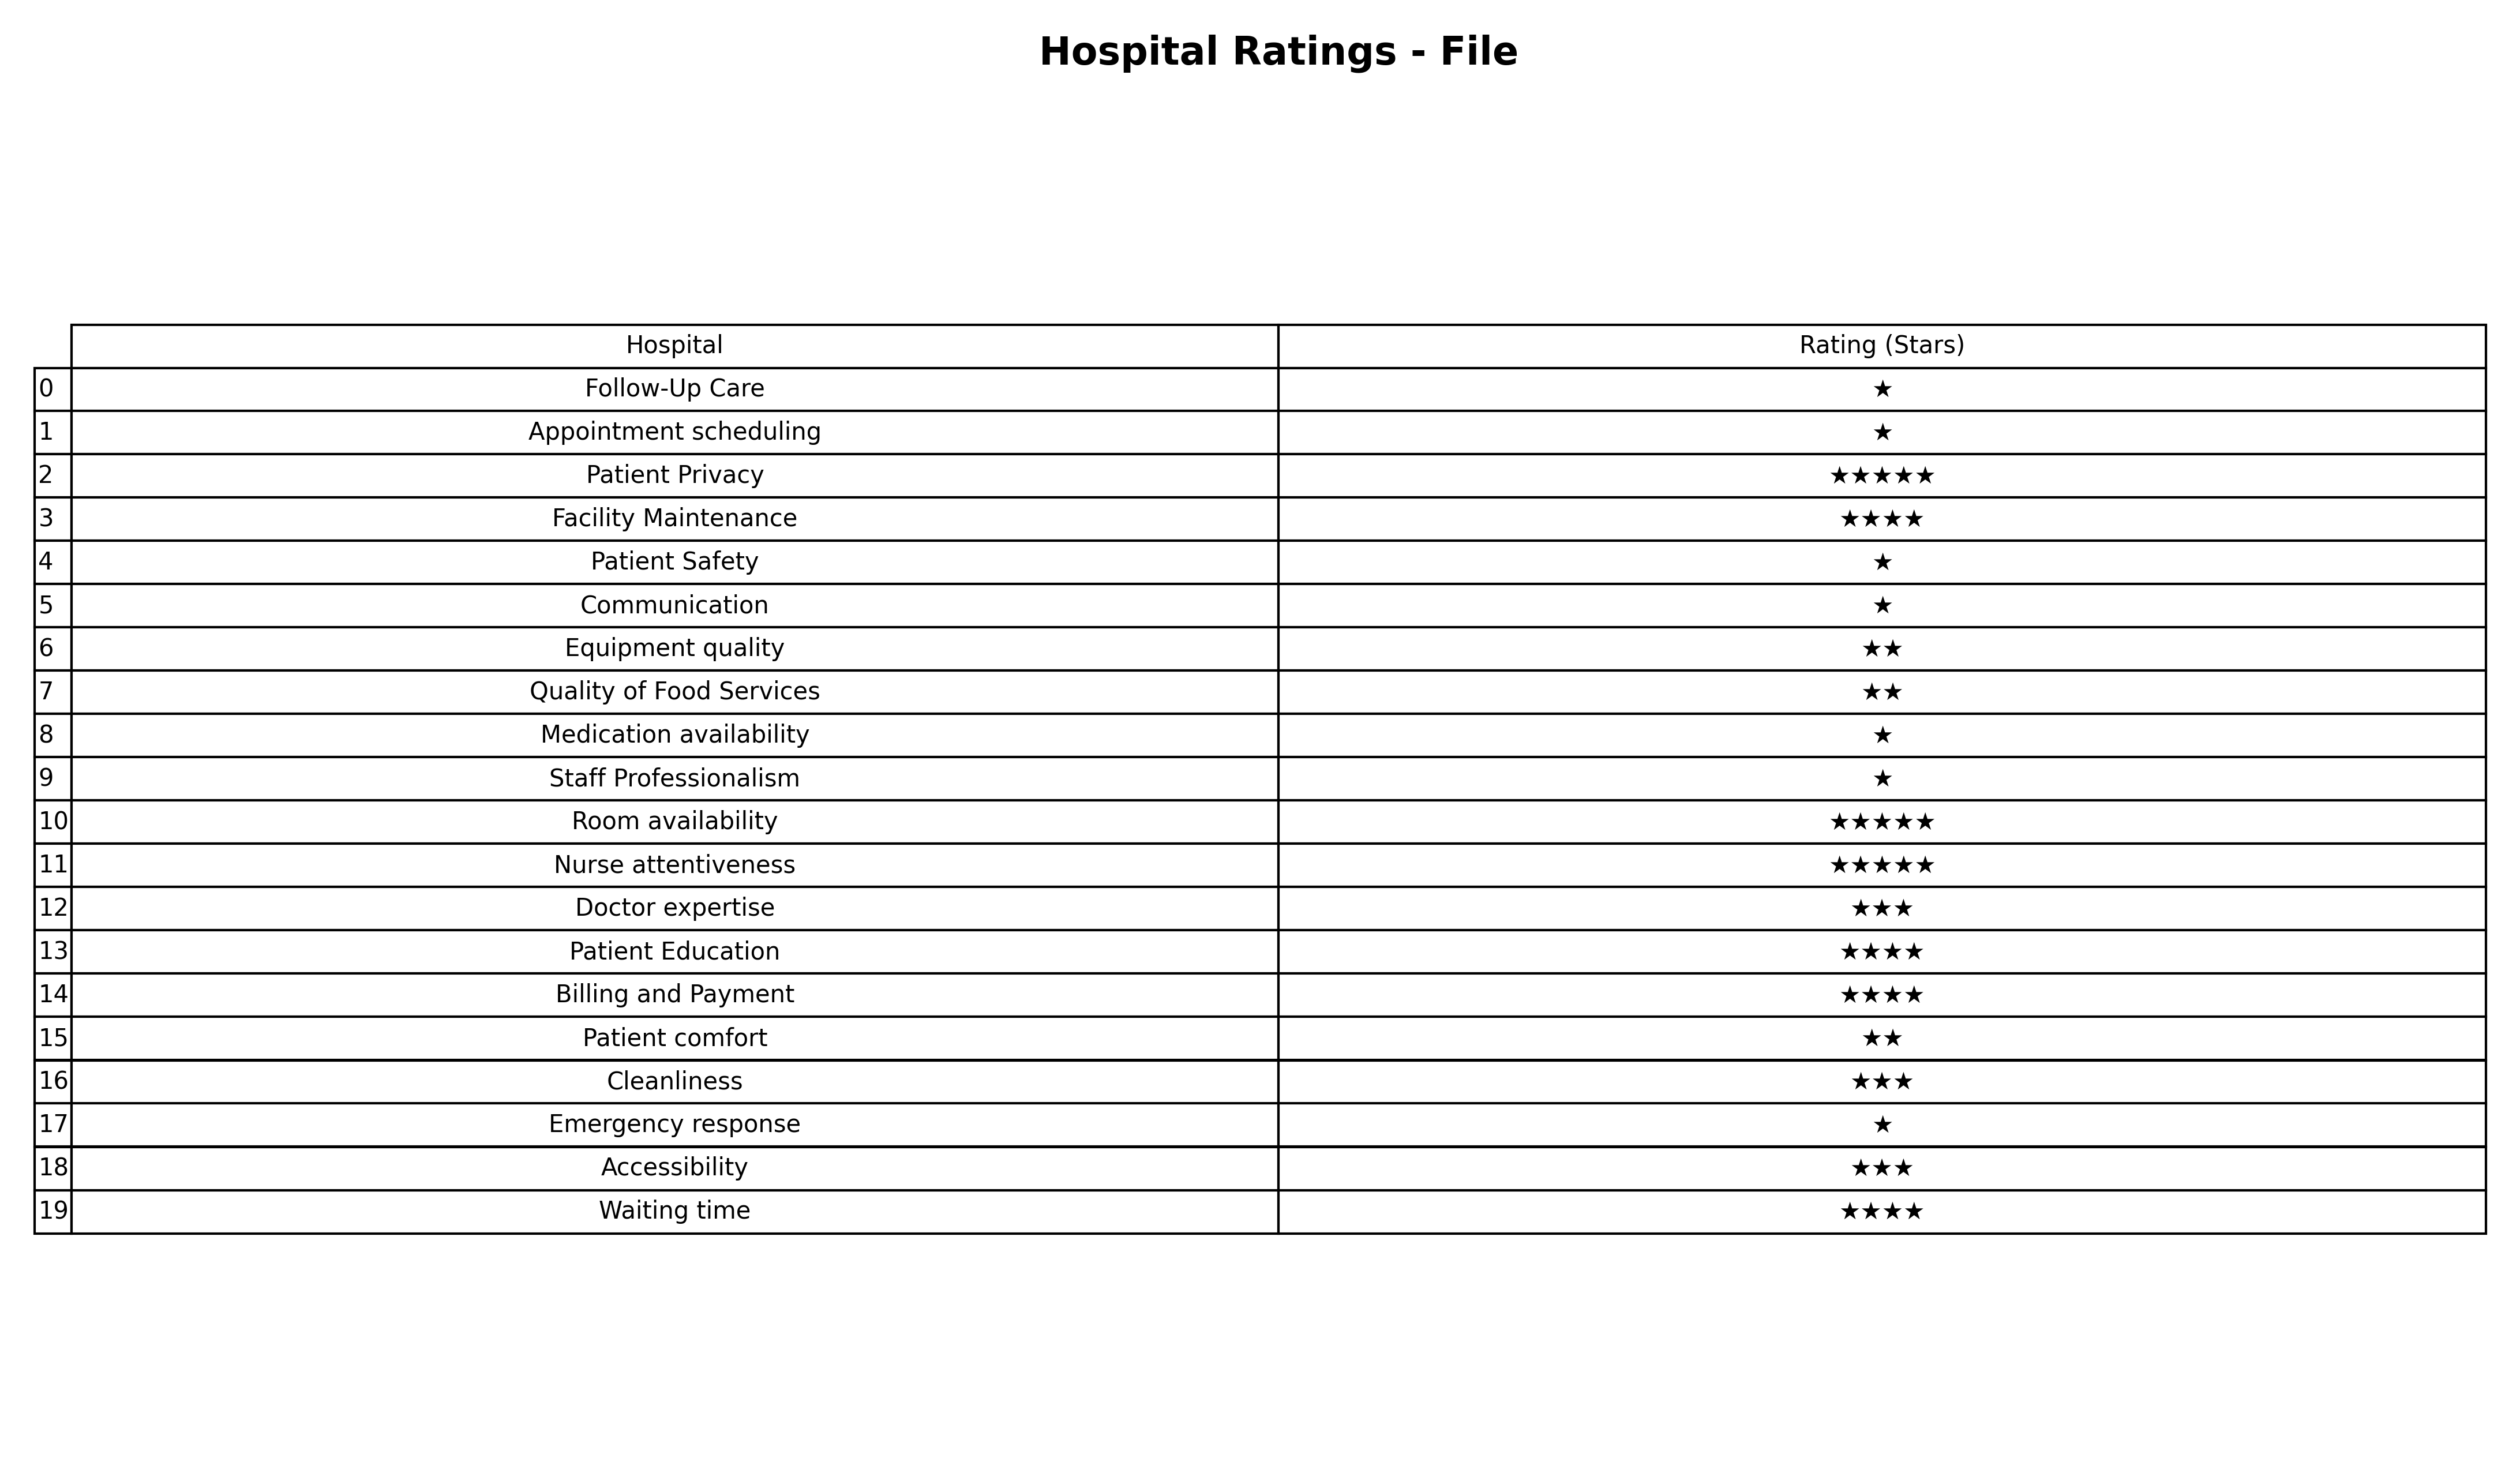
question: What is the rating of Room availability?
answer: ★★★★★